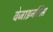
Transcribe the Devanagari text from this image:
वेजाइनलिस